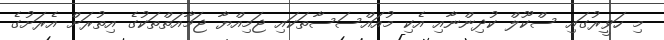
މި ހަވީރުގައި ސްކޫލް ކުދިންނާއި އެކި މުއައްސަސާތަކައި ޖަމިއްޔާ ޖަމާއަތްތަކުގެ އިތުރަށް އެރަށުގެ